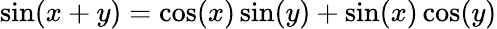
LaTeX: \sin(x+y)=\cos(x)\sin(y)+\sin(x)\cos(y)